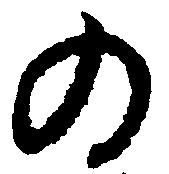
の